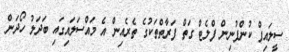
ސީލައިފް ކުންފުނިން ފްލެޓް ގަތް ފަރާތްތަކުގެ ތެރެއިން އެ މައްސަލައިގައި ބަދަލު ހޯދަން